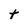
Character: t